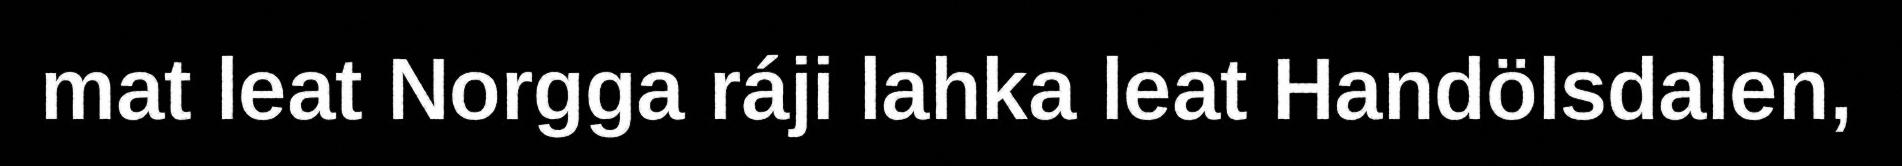
mat leat Norgga ráji lahka leat Handölsdalen,